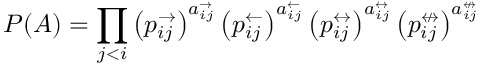
P ( A ) = \prod _ { j < i } \left( p _ { i j } ^ { \rightarrow } \right) ^ { a _ { i j } ^ { \rightarrow } } \left( p _ { i j } ^ { \leftarrow } \right) ^ { a _ { i j } ^ { \leftarrow } } \left( p _ { i j } ^ { \leftrightarrow } \right) ^ { a _ { i j } ^ { \leftrightarrow } } \left( p _ { i j } ^ { \nleftrightarrow } \right) ^ { a _ { i j } ^ { \nleftrightarrow } }